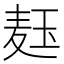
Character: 𬍞